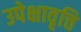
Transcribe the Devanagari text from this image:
उपेक्षावृत्ति